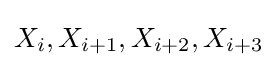
X_{i},X_{i+1},X_{i+2},X_{i+3}